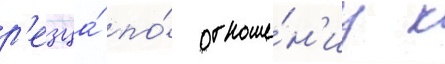
р'езца́ по́ отноше́н'иу к